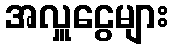
အလှူငွေများ